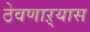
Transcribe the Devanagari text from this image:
ठेवणाऱ्यास